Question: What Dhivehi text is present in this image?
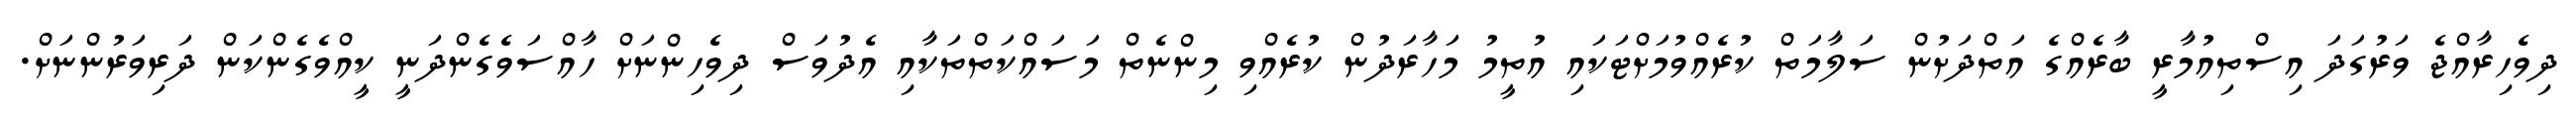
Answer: ދިވެހިރާއްޖެ ވަރުގަދަ އިސްތިއުމާރީ ބާރެއްގެ އަތްދަށުން ސަލާމަތް ކުރެއްވުމަށްޓަކައި އުތީމު މަހާރަދުން ކުރެއްވި މިންނެތް މަސައްކަތްތަކާއި އެދުވަސް ދިވެހިންނަށް ހާއްސަވެގެންދަނީ ކީއްވެގެންކަން ދަރިވަރުންނަށް.